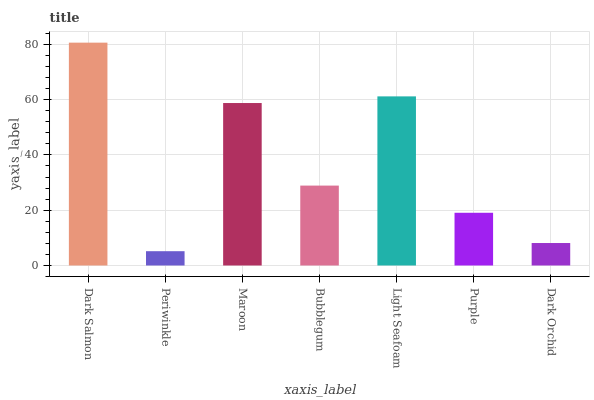
| xaxis_label | bars |
 | --- | --- |
 | Dark Salmon | 80.6 |
 | Periwinkle | 5.18 |
 | Maroon | 58.8 |
 | Bubblegum | 28.9 |
 | Light Seafoam | 61.2 |
 | Purple | 19.1 |
 | Dark Orchid | 8.13 |